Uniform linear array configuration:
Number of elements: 8
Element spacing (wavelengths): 0.75
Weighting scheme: uniform
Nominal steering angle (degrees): -45
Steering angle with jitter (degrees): -44.523
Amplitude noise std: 0.05
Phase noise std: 0.05

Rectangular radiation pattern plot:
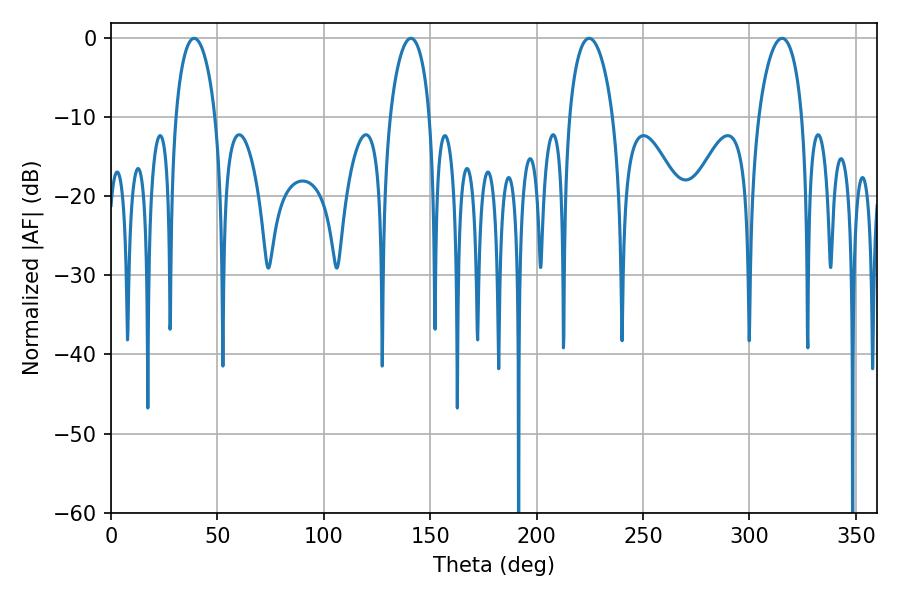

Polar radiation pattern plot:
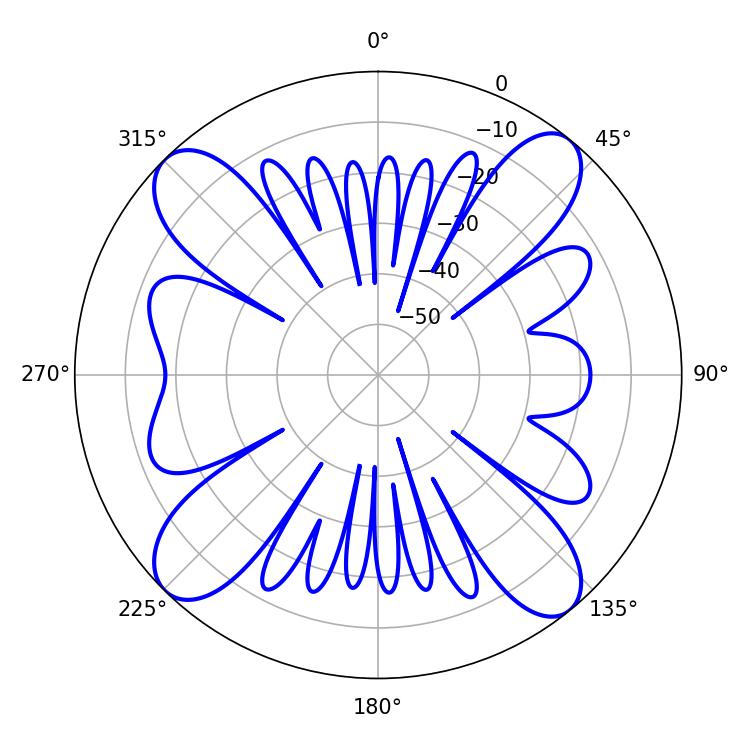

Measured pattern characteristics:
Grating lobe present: TRUE
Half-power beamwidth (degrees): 10.8
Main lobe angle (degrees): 39.06